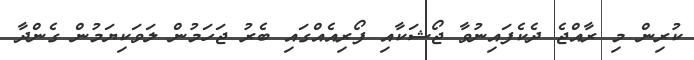
ކުރިން މި ރާއްޖެ ދެކެފައިނުވާ ޖޯޝަކާއި ފޯރިއެއްގައި ބެރު ޖަހަމުން ލަވަކިޔަމުން ގެންދާ